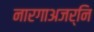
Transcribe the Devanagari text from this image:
नारगाअजर्नि